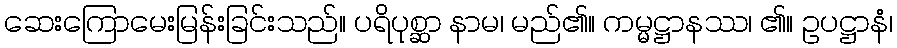
ဆေးကြောမေးမြန်းခြင်းသည်။ ပရိပုစ္ဆာ နာမ၊ မည်၏။ ကမ္မဋ္ဌာနဿ၊ ၏။ ဥပဋ္ဌာနံ၊